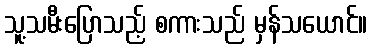
သူ့သမီးပြောသည့် စကားသည် မှန်သယောင်။